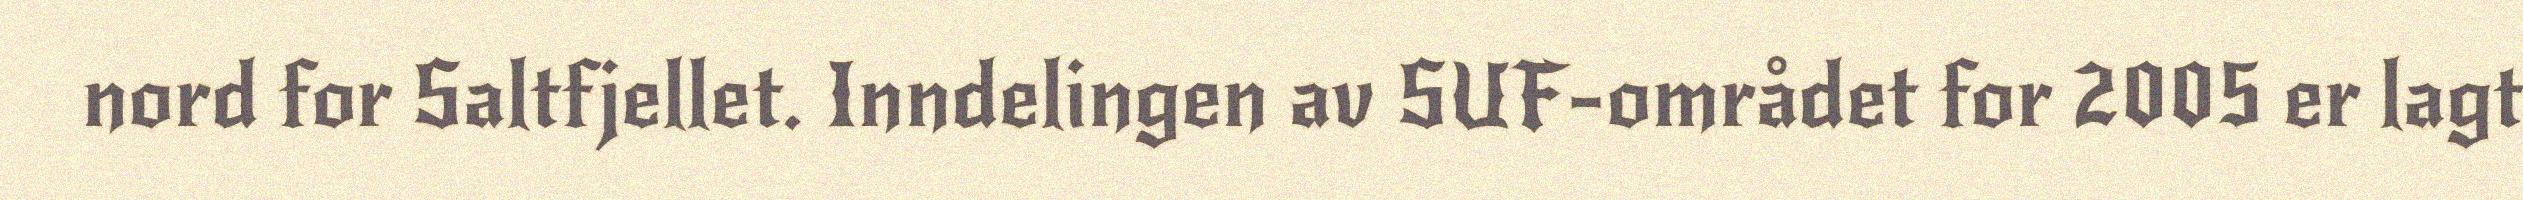
nord for Saltfjellet. Inndelingen av SUF-området for 2005 er lagt